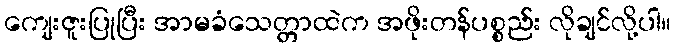
ကျေးဇူးပြုပြီး အာမခံသေတ္တာထဲက အဖိုးတန်ပစ္စည်း လိုချင်လို့ပါ။